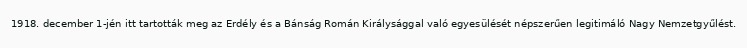
1918. december 1-jén itt tartották meg az Erdély és a Bánság Román Királysággal való egyesülését népszerűen legitimáló Nagy Nemzetgyűlést.